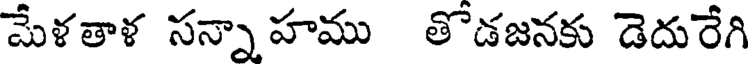
మేళతాళ సన్నా హము తొడజనకు డెదురేగి